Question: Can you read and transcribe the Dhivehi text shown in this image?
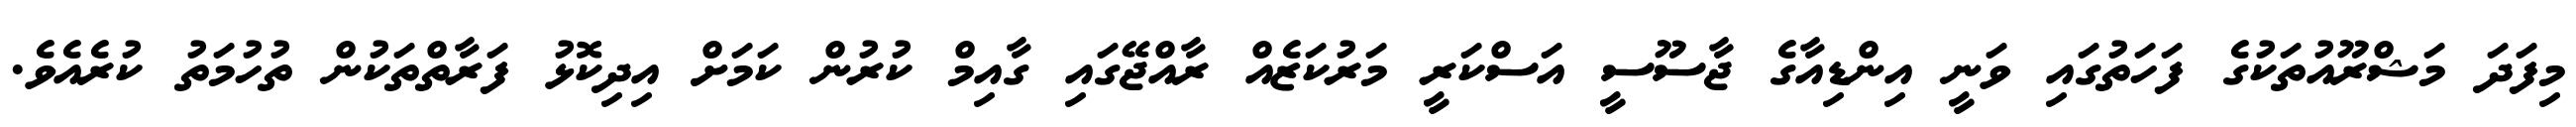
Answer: މިފަދަ މަޝްރޫއުތަކުގެ ފަހަތުގައި ވަނީ އިންޑިއާގެ ޖާސޫސީ އަސްކަރީ މަރުކަޒެއް ރާއްޖޭގައި ގާއިމް ކުރުން ކަމަށް އިދިކޮޅު ފަރާތްތަކުން ތުހުމަތު ކުރެއެވެ.